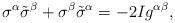
LaTeX: \begin{align*}\sigma^\alpha\tilde\sigma^\beta+\sigma^\beta\tilde\sigma^\alpha=-2Ig^{\alpha\beta},\end{align*}